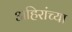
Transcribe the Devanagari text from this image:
अहिरांच्या